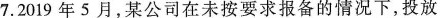
7.2019年5月，某公司在未按要求报备的情况下，投放